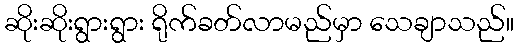
ဆိုးဆိုးရွားရွား ရိုက်ခတ်လာမည်မှာ သေချာသည်။